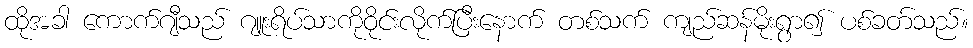
ထိုအခါ ကောက်ဂျီသည် ဂျူးရိပ်သာကိုဝိုင်းလိုက်ပြီးနောက် တစ်သက် ကျည်ဆန်မိုးရွာ၍ ပစ်ခတ်သည်။